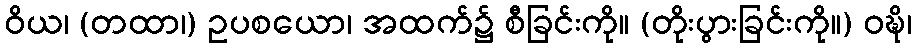
ဝိယ၊ (တထာ၊) ဥပစယော၊ အထက်၌ စီခြင်းကို။ (တိုးပွားခြင်းကို။) ဝဍ္ဎိ၊